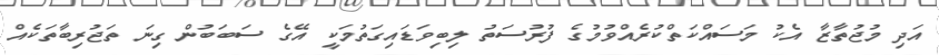
އަދި މުޖުތާޒާ އެކު މަސައްކަތްކުރެއްވުމުގެ ފުރުސަތު ލިބިވަޑައިގަތުމަކީ އޭގެ ސަބަބުން ގިނަ ތަޖުރިބާތަކެއް